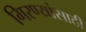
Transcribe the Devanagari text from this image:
गिरण्यांसाठी